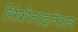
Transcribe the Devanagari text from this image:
सिंक्रोनाइज़ेशन